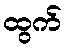
ထွက်